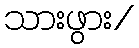
သားဖွား/